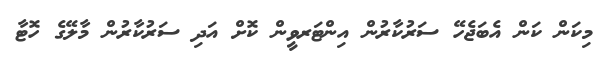
މިކަން ކަން އެބަޖެހޭ ސަރުކާރުން އިންޓަރވީން ކޮށް އަދި ސަރުކާރުން މާލޭގެ ހޮޓާ